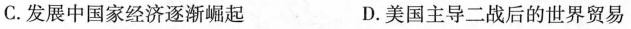
C.发展中国家经济逐渐崛起 D.美国主导二战后的世界贸易